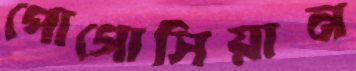
পোগোসিয়ান